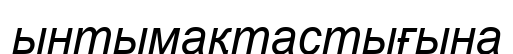
ынтымақтастығына